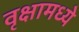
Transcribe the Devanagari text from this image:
वृक्षामध्ये